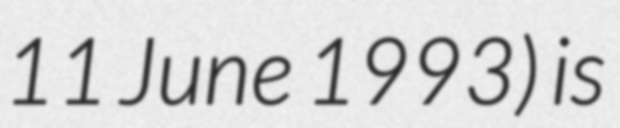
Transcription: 11 June 1993) is